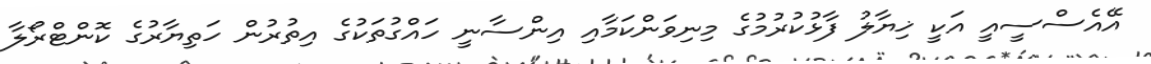
އޭއެސްސީއީ އަކީ ޚިޔާލު ފާޅުކުރުމުގެ މިނިވަންކަމާއި އިންސާނީ ހައްގުތަކުގެ އިތުރުން ހަތިޔާރުގެ ކޮންޓްރޯލާ